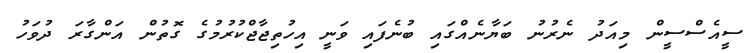
ސީއެސްސީން މިއަދު ނެރުނު ބަޔާނެއްގައި ބުނެފައި ވަނީ އިހުތިޖާޖްކުރުމުގެ ގޮތުން އަންގާރަ ދުވަހު